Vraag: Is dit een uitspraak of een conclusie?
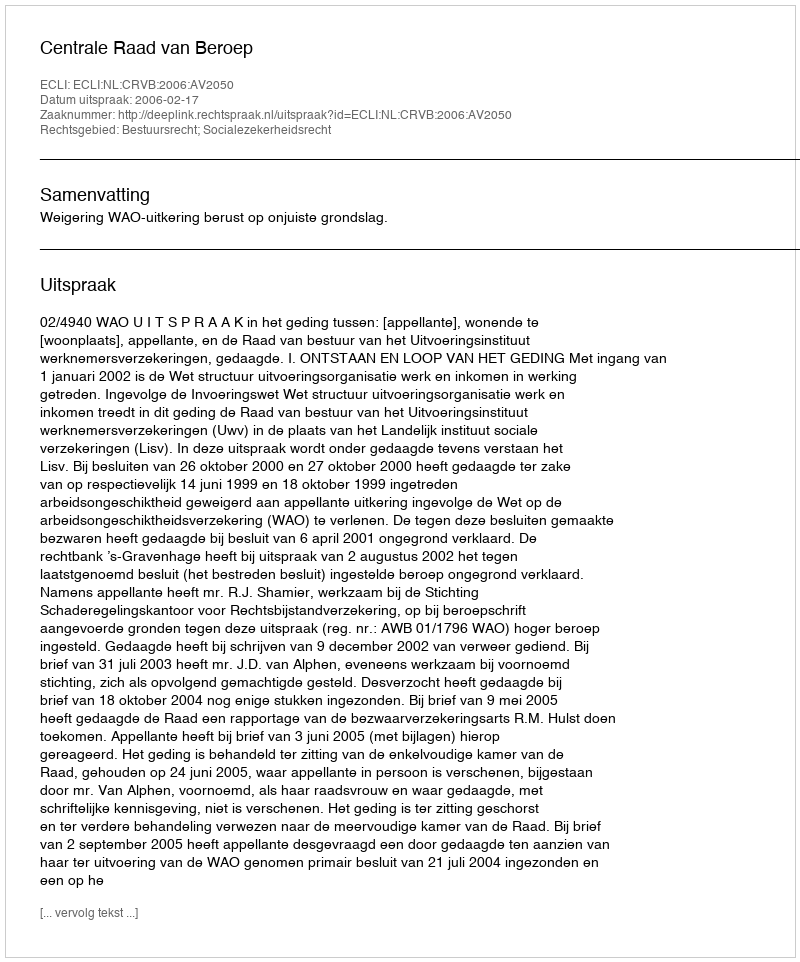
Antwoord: Uitspraak